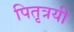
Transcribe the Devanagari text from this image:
पितृत्रयी